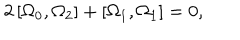
LaTeX: 2 \left[ \Omega _ { 0 } , \Omega _ { 2 } \right] + \left[ \Omega _ { 1 } , \Omega _ { 1 } \right] = 0 ,